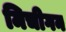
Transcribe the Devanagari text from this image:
मिचीगन